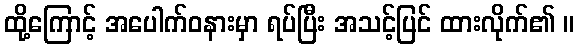
ထို့ကြောင့် အပေါက်ဝနားမှာ ရပ်ပြီး အသင့်ပြင် ထားလိုက်၏ ။